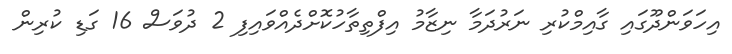
އިހަވަންދޫގައި ގާއިމްކުރި ނަރުދަމާ ނިޒާމު އިފްތިތާހުކޮށްދެއްވައިފި 2 ދުވަސް 16 ގަޑި ކުރިން